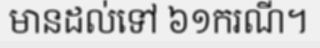
មានដល់ទៅ ៦១ករណី។